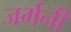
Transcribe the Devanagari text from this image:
जर्मनीं